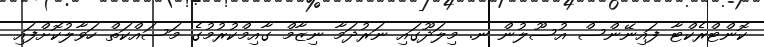
ކޮންޓްރެކްޓާ ފައިނޭންސް އުސޫލުން ނ. މިލަދޫގައި ނަރުދަމާ ނިޒާމް ގާއިމްކުރުމުގެ މަސައްކަތް ހަވާލުކޮށްފައި